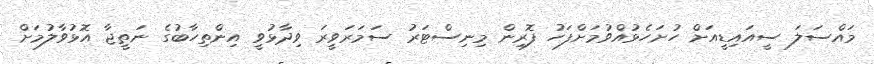
މައްސަލަ ސީއައިޑީއަށް ހުށަހެޅުއްވުމަށްފަހު ފޮރިން މިނިސްޓަރު ސަމަރަވީރަ ވިދާޅުވީ އިންތިހާބުގެ ނަތީޖާ އޮޅުވާލުމަށް